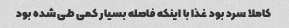
کاملا سرد بود غذا با اینکه فاصله بسیار کمی طی شده بود